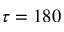
\tau = 1 8 0